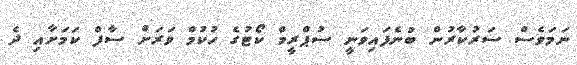
ނަމަވެސް ސަރުކާރުން ބުނެފައިވަނީ ސުޕްރީމް ކޯޓުގެ ހުކުމް ވަރަށް ސާފް ކަމަށާއި ދެ